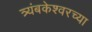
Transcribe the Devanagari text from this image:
त्र्यंबकेश्‍वरच्या